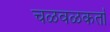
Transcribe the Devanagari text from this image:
चळवळकर्ता